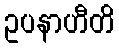
ဥပနာဟီတိ